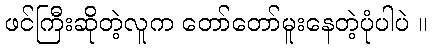
ဖင်ကြီးဆိုတဲ့လူက တော်တော်မူးနေတဲ့ပုံပါပဲ ။